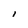
Character: l